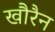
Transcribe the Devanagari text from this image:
खौरैन